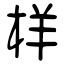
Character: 样